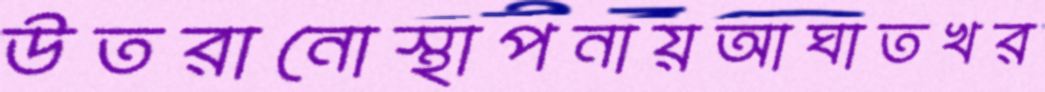
উতরানোস্থাপনায়আঘাতখর